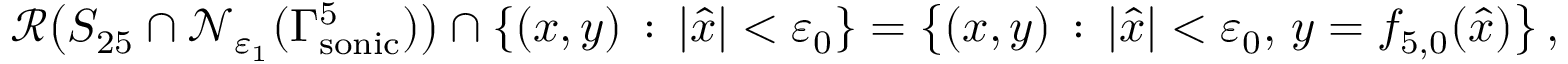
\begin{array} { r } { \mathcal { R } \big ( S _ { 2 5 } \cap \mathcal { N } _ { \varepsilon _ { 1 } } ( \Gamma _ { \mathrm { s o n i c } } ^ { 5 } ) \big ) \cap \{ ( x , y ) \, : \, | \hat { x } | < \varepsilon _ { 0 } \} = \big \{ ( x , y ) \, : \, | \hat { x } | < \varepsilon _ { 0 } , \, y = { f } _ { 5 , 0 } ( \hat { x } ) \big \} \, , } \end{array}